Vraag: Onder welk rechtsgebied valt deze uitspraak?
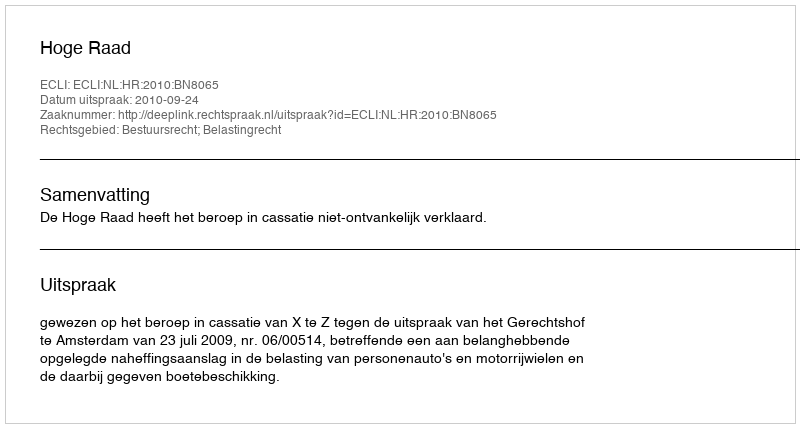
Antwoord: Bestuursrecht; Belastingrecht